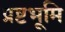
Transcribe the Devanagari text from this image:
प्रष्टभूमि